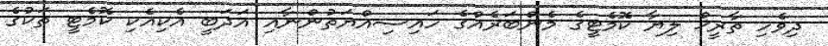
ދިވެހި ތާރީޚް ލިޔާ ކޮމެޓީގެ މެންބަރެއްގެ ހައިސިއްޔަތުންނާއި އަދަބީ އެކިއެކި ކޮމެޓީ ތަކުގެ